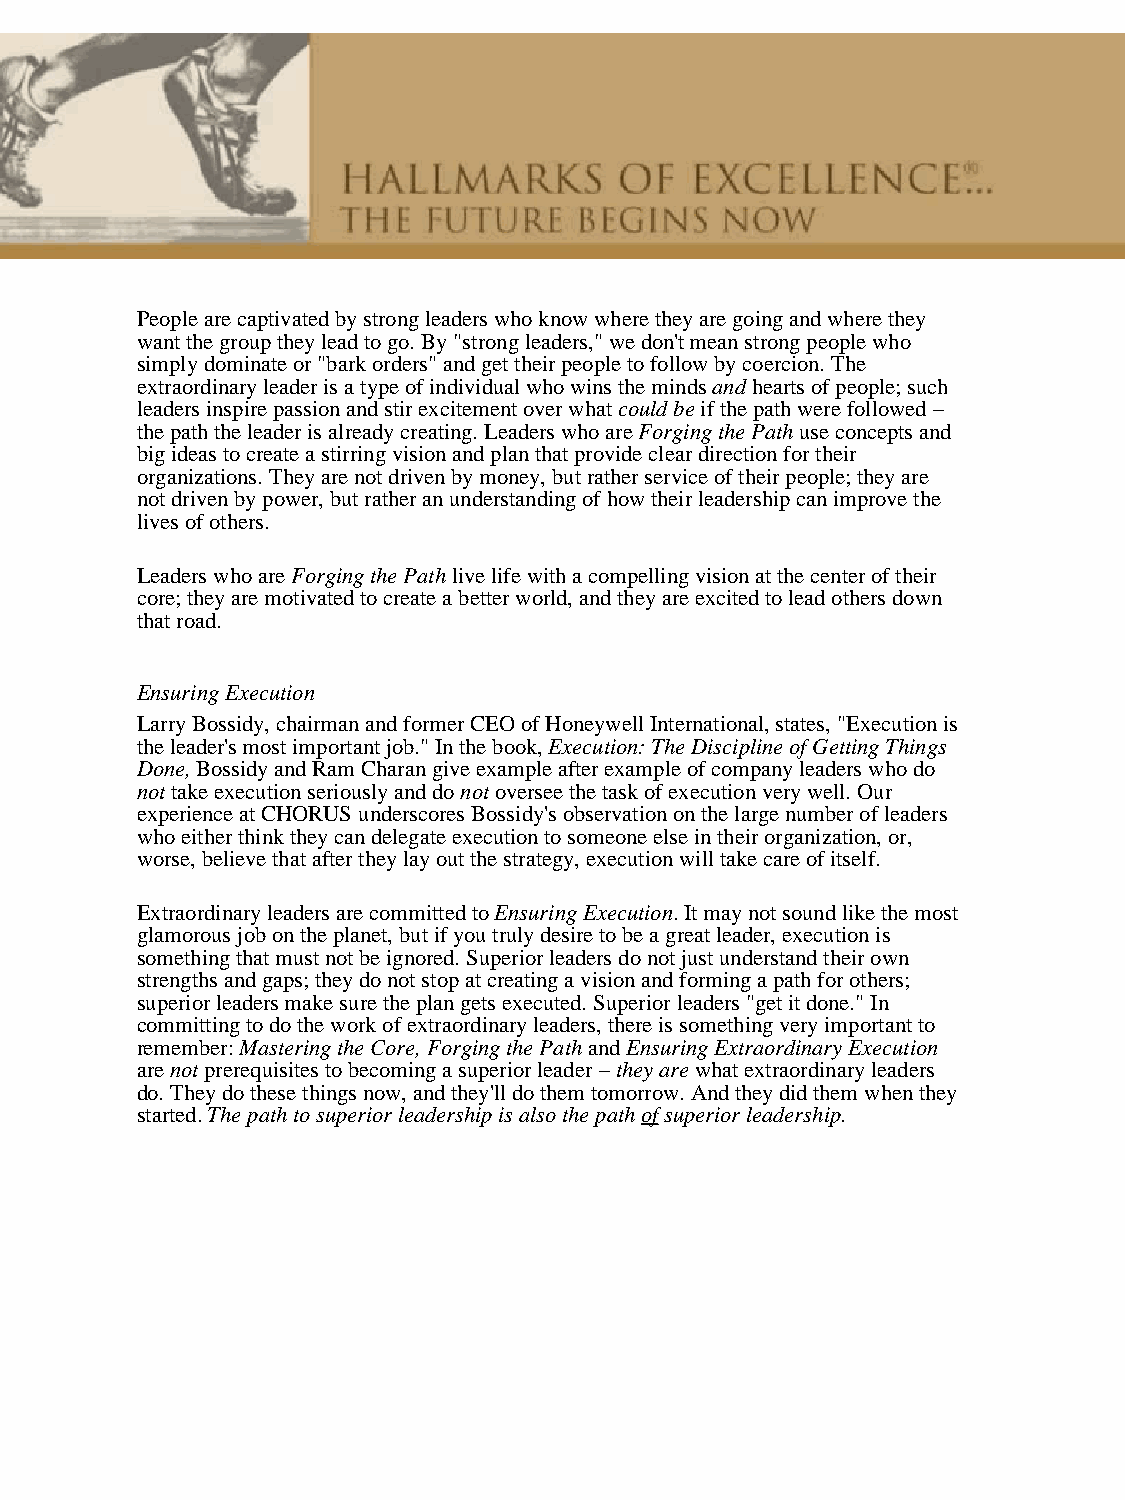
People are captivated by strong leaders who know where they are going and where they
 want the group they lead to go. By "strong leaders," we don't mean strong people who
 simply dominate or "bark orders" and get their people to follow by coercion. The
 extraordinary leader is a type of individual who wins the minds and hearts of people; such
 leaders inspire passion and stir excitement over what could be if the path were followed −
 the path the leader is already creating. Leaders who are Forging the Path use concepts and
 big ideas to create a stirring vision and plan that provide clear direction for their
 organizations. They are not driven by money, but rather service of their people; they are
 not driven by power, but rather an understanding of how their leadership can improve the
 lives of others.
 Leaders who are Forging the Path live life with a compelling vision at the center of their
 core; they are motivated to create a better world, and they are excited to lead others down
 that road.
 Ensuring Execution
 Larry Bossidy, chairman and former CEO of Honeywell International, states, "Execution is
 the leader's most important job." In the book, Execution: The Discipline of Getting Things
 Done, Bossidy and Ram Charan give example after example of company leaders who do
 not take execution seriously and do not oversee the task of execution very well. Our
 experience at CHORUS underscores Bossidy's observation on the large number of leaders
 who either think they can delegate execution to someone else in their organization, or,
 worse, believe that after they lay out the strategy, execution will take care of itself.
 Extraordinary leaders are committed to Ensuring Execution. It may not sound like the most
 glamorous job on the planet, but if you truly desire to be a great leader, execution is
 something that must not be ignored. Superior leaders do not just understand their own
 strengths and gaps; they do not stop at creating a vision and forming a path for others;
 superior leaders make sure the plan gets executed. Superior leaders "get it done." In
 committing to do the work of extraordinary leaders, there is something very important to
 remember: Mastering the Core, Forging the Path and Ensuring Extraordinary Execution
 are not prerequisites to becoming a superior leader − they are what extraordinary leaders
 do. They do these things now, and they'll do them tomorrow. And they did them when they
 started. The path to superior leadership is also the path of superior leadership.